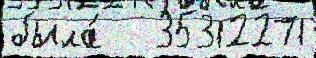
была́   35312271